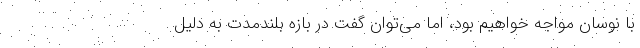
با نوسان مواجه خواهیم بود، اما می‌توان گفت در بازه بلندمدت به دلیل